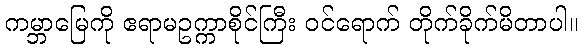
ကမ္ဘာမြေကို ဧရာမဥက္ကာစိုင်ကြီး ဝင်ရောက် တိုက်ခိုက်မိတာပါ။